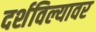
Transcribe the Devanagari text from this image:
दर्शविल्यावर